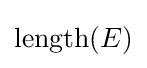
\operatorname {length} (E)